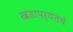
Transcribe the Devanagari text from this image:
खंडापर्यंतचे